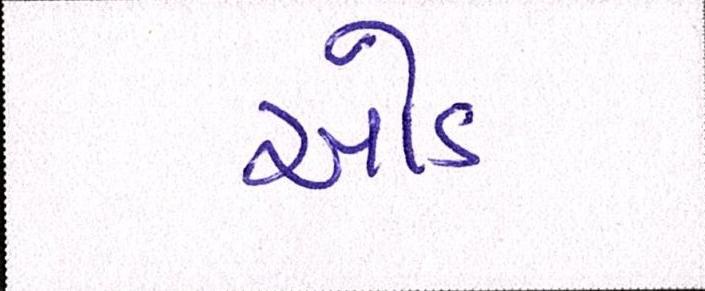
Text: ઓડ